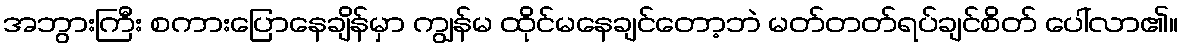
အဘွားကြီး စကားပြောနေချိန်မှာ ကျွန်မ ထိုင်မနေချင်တော့ဘဲ မတ်တတ်ရပ်ချင်စိတ် ပေါ်လာ၏။